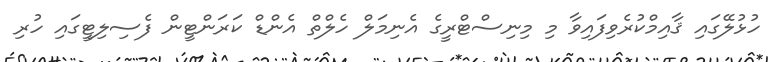
ހުޅުލޭގައި ޤާއިމްކުރެވިފައިވާ މި މިނިސްޓްރީގެ އެނިމަލް ހެލްތް އެންޑް ކަރަންޓީން ފެސިލިޓީގައި ހުރި